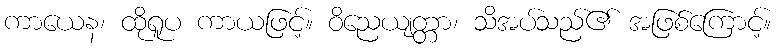
ကာယေန၊ ထိုရူပ ကာယဖြင့်။ ဝိညေယျတ္တာ၊ သိအပ်သည်၏ အဖြစ်ကြောင့်။